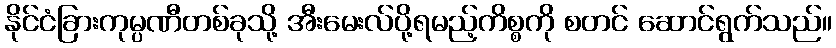
နိုင်ငံခြားကုမ္ပဏီတစ်ခုသို့ အီးမေးလ်ပို့ရမည့်ကိစ္စကို စတင် ဆောင်ရွက်သည်။